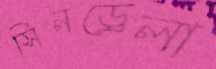
সিনড্রেলা